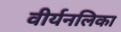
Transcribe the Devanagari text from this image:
वीर्यनलिका